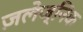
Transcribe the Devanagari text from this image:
ज़लेज्निक